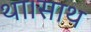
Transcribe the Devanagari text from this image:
था।साथ